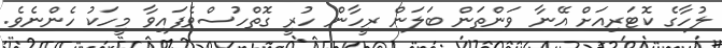
ލުހާގެ ކޮޓަރިއަށް އޭނާ ވަންތަން ބަލަން ރީހާން ހުރީ ގޮތްހުސްވެފައިވާ މީހަކު ހެންނެވެ.